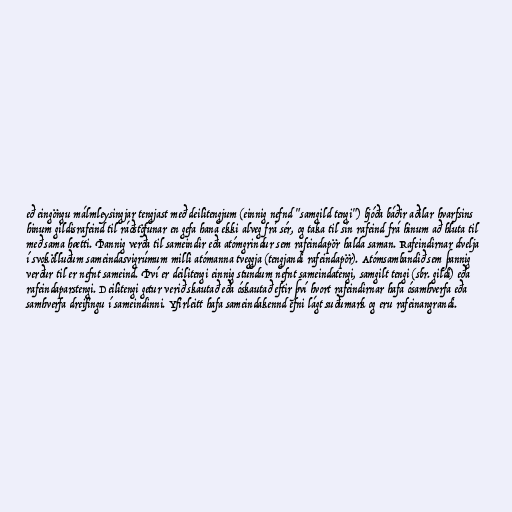
eð eingöngu málmleysingjar tengjast með deilitengjum (einnig nefnd "samgild tengi") bjóða báðir aðilar hvarfsins
hinum gildisrafeind til ráðstöfunar en gefa hana ekki alveg frá sér, og taka til sín rafeind frá hinum að hluta til
með sama hætti. Þannig verða til sameindir eða atómgrindur sem rafeindapör halda saman. Rafeindirnar dvelja
í svokölluðum sameindasvigrúmum milli atómanna tveggja (tengjandi rafeindapör). Atómsambandið sem þannig
verður til er nefnt sameind. Því er deilitengi einnig stundum nefnt sameindatengi, samgilt tengi (sbr. gildi) eða
rafeindaparstengi. Deilitengi getur verið skautað eða óskautað eftir því hvort rafeindirnar hafa ósamhverfa eða
samhverfa dreifingu í sameindinni. Yfirleitt hafa sameindakennd efni lágt suðumark og eru rafeinangrandi.